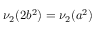
\nu _ { 2 } ( 2 b ^ { 2 } ) = \nu _ { 2 } ( a ^ { 2 } )